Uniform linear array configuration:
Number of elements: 12
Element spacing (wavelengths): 0.5
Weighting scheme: uniform
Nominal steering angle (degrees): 0
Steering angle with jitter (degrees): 1.122
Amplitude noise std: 0.05
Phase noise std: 0.05

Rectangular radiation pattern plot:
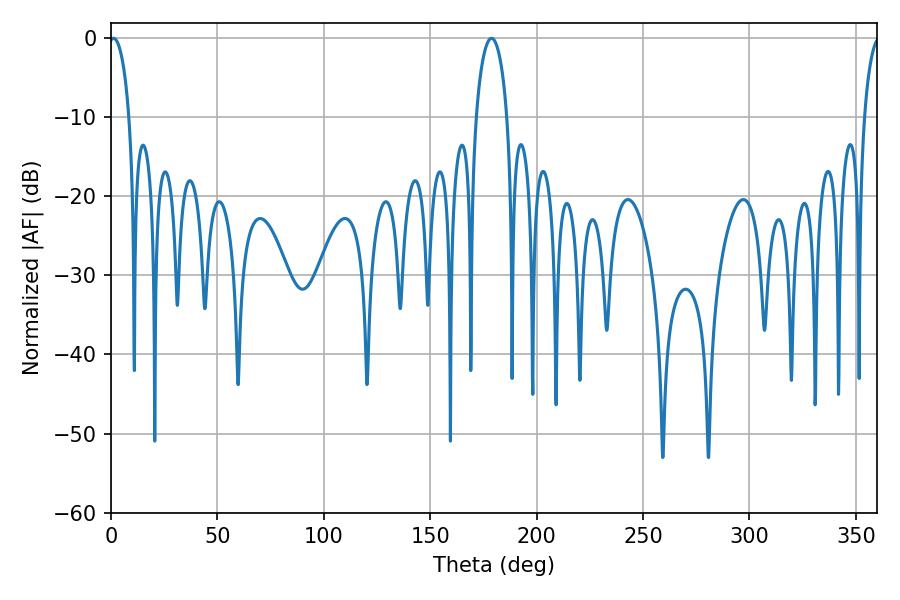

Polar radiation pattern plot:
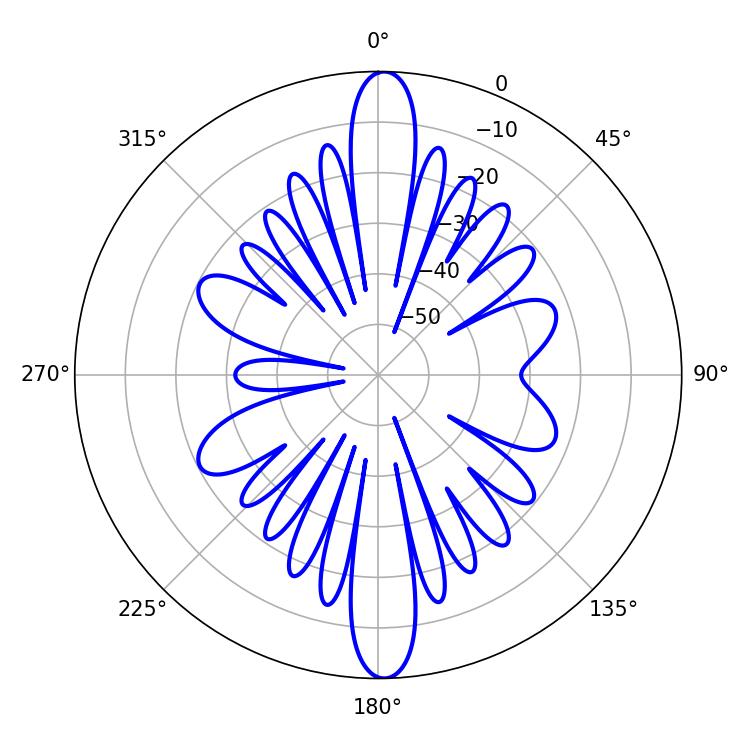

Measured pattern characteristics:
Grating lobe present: FALSE
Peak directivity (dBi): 23.909
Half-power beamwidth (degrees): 5.4
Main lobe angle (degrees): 1.26